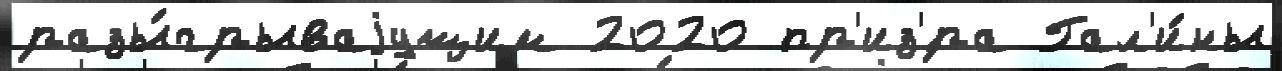
разы́грываjущим 2020 пр'из'́ра Гал'и́ны